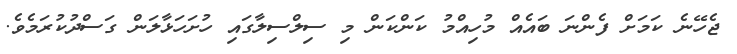
ޖެހޭނެ ކަމަށް ފެންނަ ބައެއް މުހިއްމު ކަންކަން މި ސިލްސިލާގައި ހުށަހަޅާލަން ގަސްދުކުރަމެވެ.